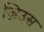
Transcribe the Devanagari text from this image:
ज़िउस